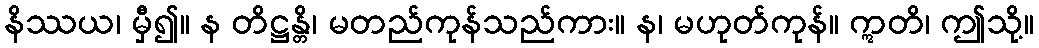
နိဿယ၊ မှီ၍။ န တိဋ္ဌန္တိ၊ မတည်ကုန်သည်ကား။ န၊ မဟုတ်ကုန်။ ဣတိ၊ ဤသို့။